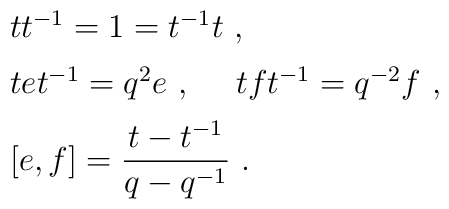
\begin{array}{rcl}& &tt^{-1}=1=t^{-1}t~,\\[2mm]& &tet^{-1}=q^{2}e~,~~~~tft^{-1}=q^{-2}f~,\\[2mm]& &[e,f]=\displaystyle\frac{t-t^{-1}}{q-q^{-1}}~.\end{array}